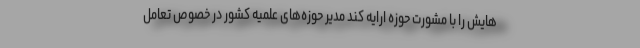
هایش را با مشورت حوزه ارایه کند مدیر حوزه‌های علمیه کشور در خصوص تعامل